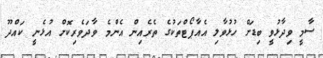
ސާމީ ވިދާޅުވީ ބިޑަށް ހުޅުވާލި އެއާޕޯޓްތަކުގެ ތެރެއިން އެންމެ ވާދަވެރިކޮށް އުޅެނީ ކައްދޫ